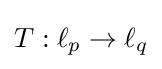
T:\ell _{p}\to \ell _{q}